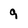
Character: 9